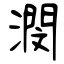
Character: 潣